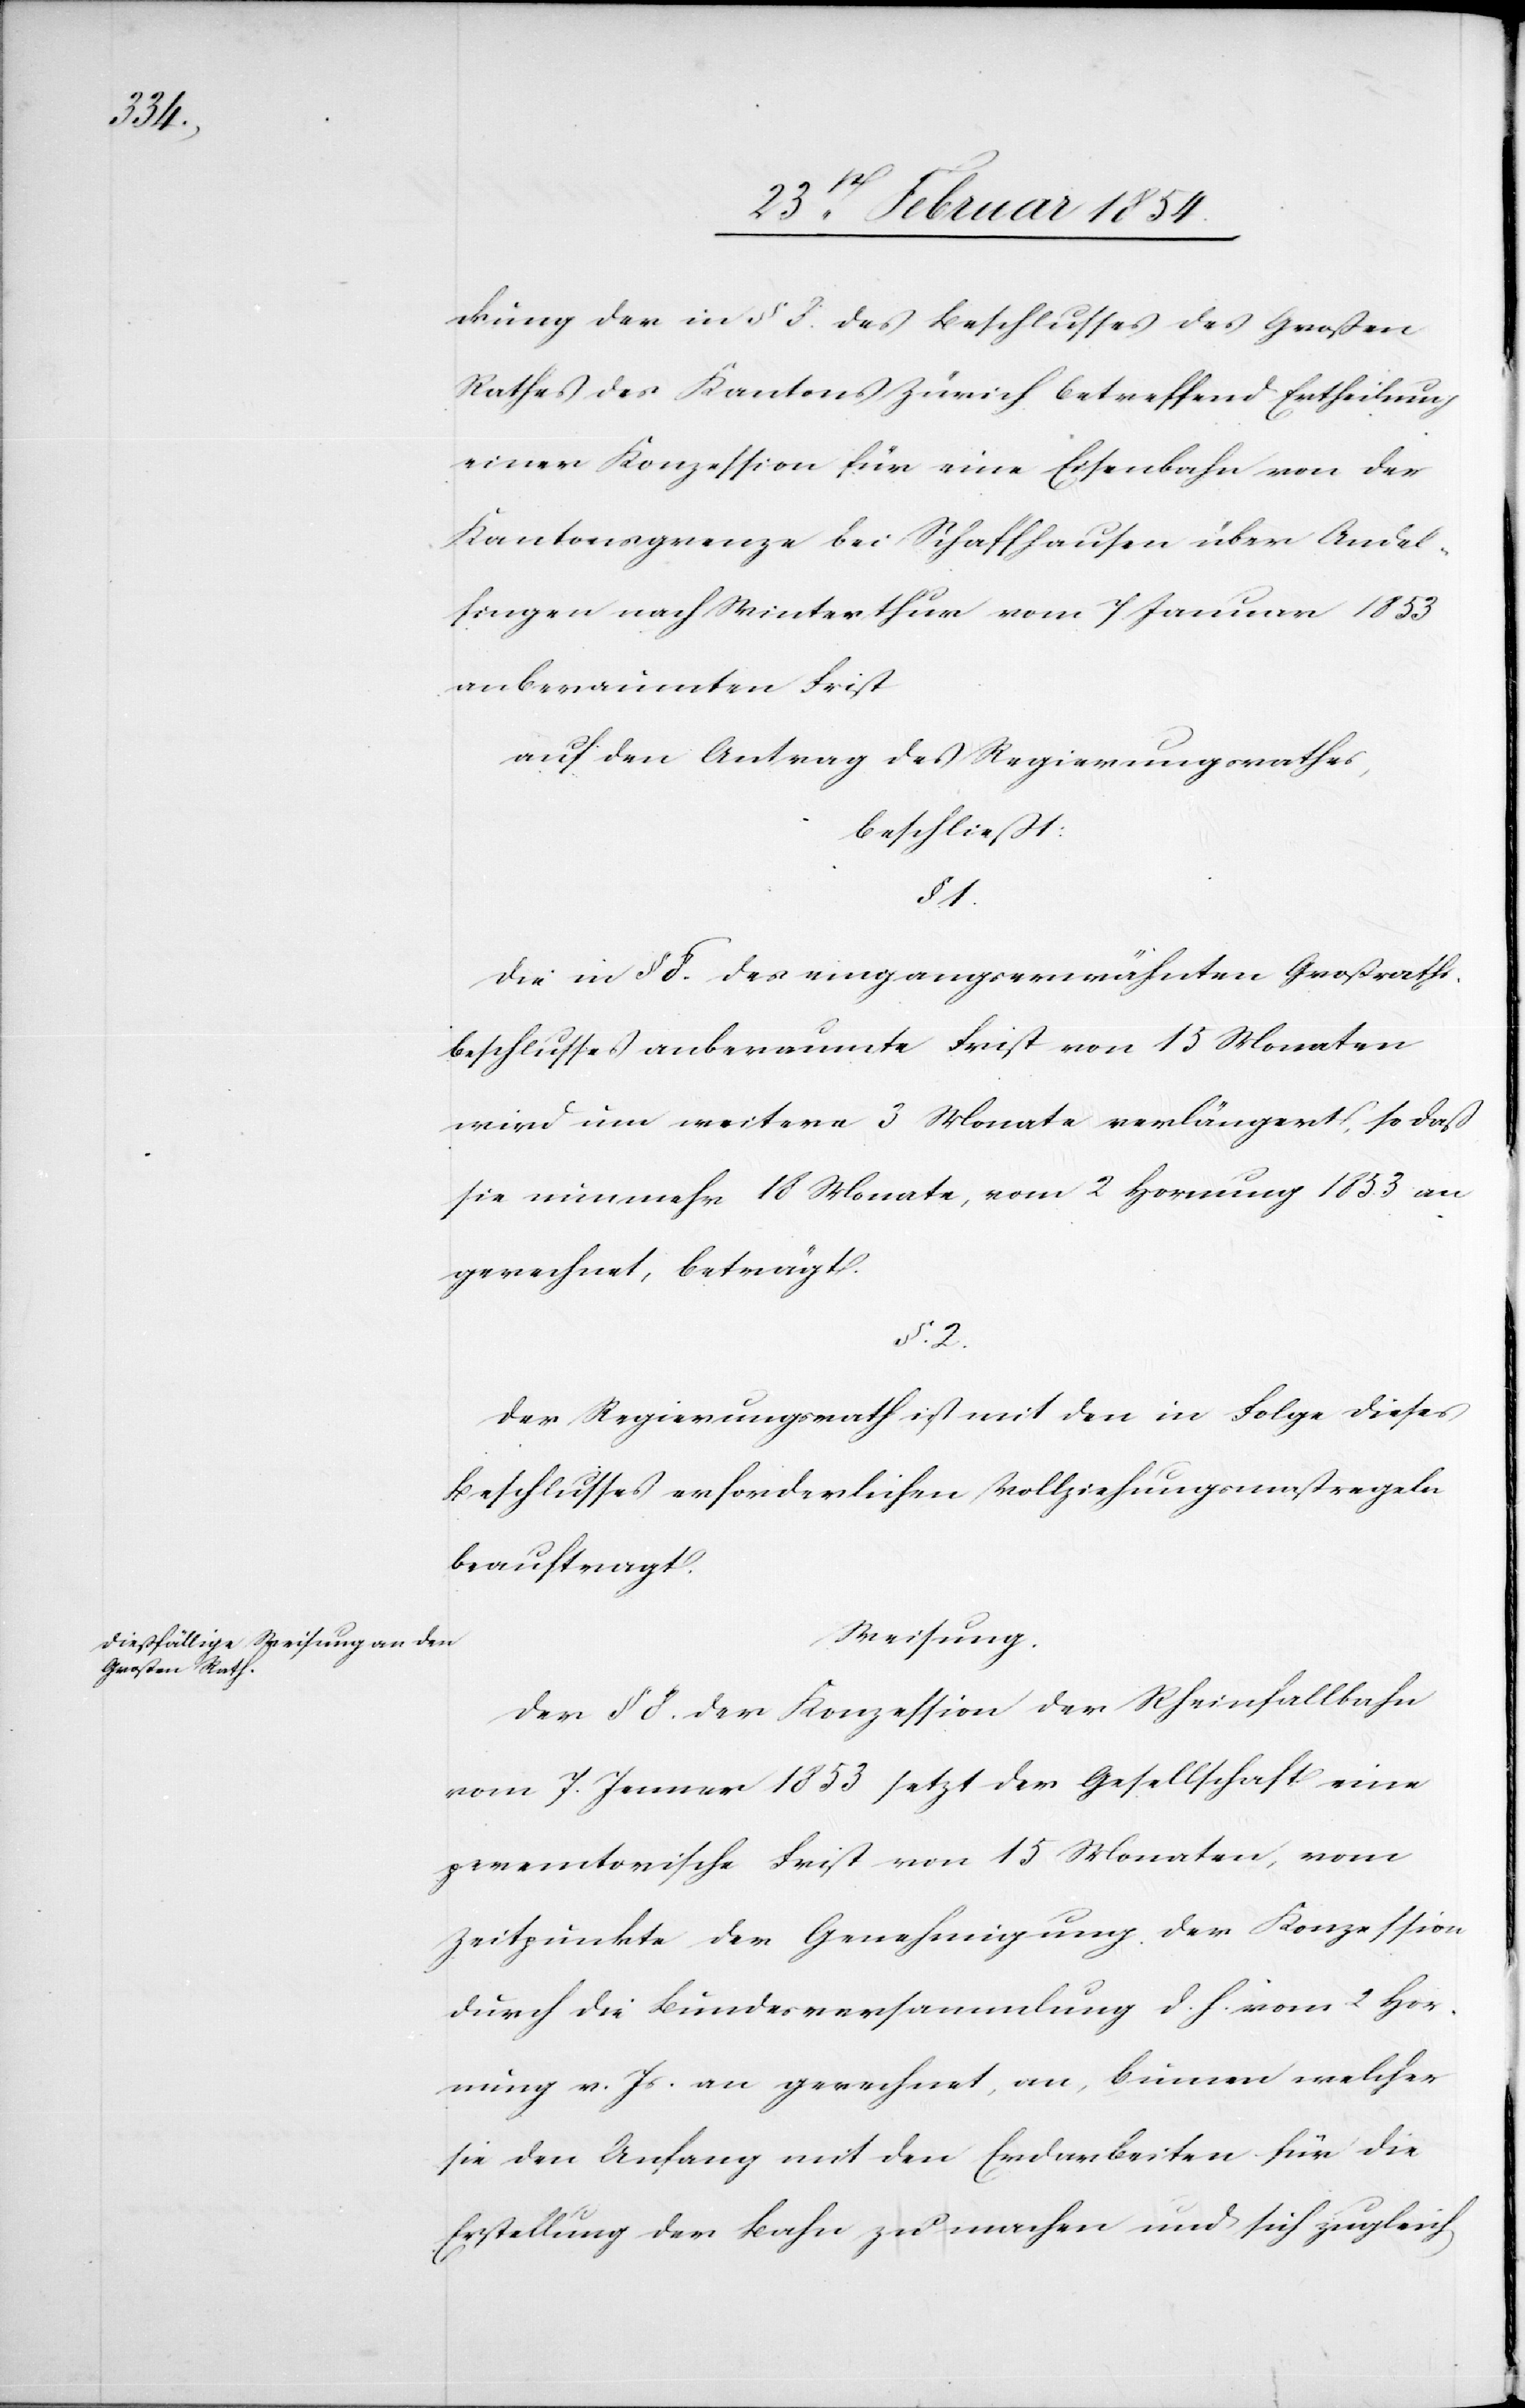
ckung der in § 8. des Beschlusses des Großen
Rathes des Kantons Zürich betreffend Ertheilung
einer Konzession für eine Eisenbahn von der
Kantonsgrenze bei Schaffhausen über Andel¬
fingen nach Winterthur vom 7 Januar 1853
anberaumten Frist
auf den Antrag des Regierungsrathes,
beschließt:
§ 1.
Die in § 8. des eingangs erwähnten Großraths¬
beschlusses anberaumte Frist von 15 Monaten
wird um weitere 3 Monate verlängert, so daß
sie nunmehr 18 Monate, vom 2 Hornung 1853 an
gerechnet, beträgt.
§. 2.
Der Regierungsrath ist mit den in Folge dieses
Beschlusses erforderlichen Vollziehungsmaßregeln
beauftragt.
Weisung.
Der § 8. der Konzession der Rheinfallbahn
vom 7. Jenner 1853 setzt der Gesellschaft eine
peremtorische Frist von 15 Monaten, vom
Zeitpunkte der Genehmigung der Konzession
durch die Bundesversammlung d. h. vom 2 Hor¬
nung v. Js an gerechnet, an, binnen welcher
sie den Anfang mit den Erdarbeiten für die
Erstellung der Bahn zu machen und sich zugleich